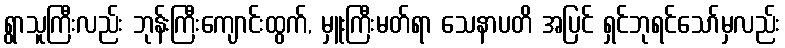
ရွာသူကြီးလည်း ဘုန်းကြီးကျောင်းထွက်, မှူးကြီးမတ်ရာ သေနာပတိ အပြင် ရှင်ဘုရင်သော်မှလည်း